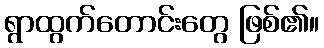
ရွာထွက်တောင်းတွေ ဖြစ်၏။